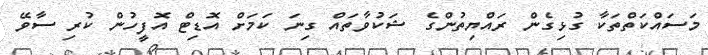
މަސައްކަތްތަކާ ގުޅިގެން ރައްޔިތުންގެ ޝަކުވާތައް ގިނަ ކަމަށް އޮޑިޓް އޮފީހުން ކުރި ސާވޭ